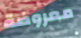
معروضة